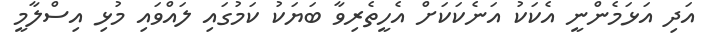
އަދި އަޅަމެންނީ އެކަކު އަނެކަކަށް އެހީތެރިވާ ބަޔަކު ކަމުގައި ލައްވައި މުޅި އިސްލާމީ